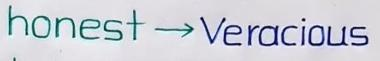
honest --> Veracious